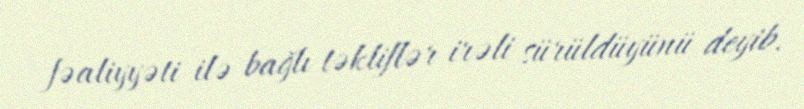
fəaliyyəti ilə bağlı təkliflər irəli sürüldüyünü deyib.